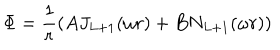
\Phi = \frac { 1 } { r } \left( A J _ { L + 1 } ( \omega r ) + B N _ { L + 1 } ( \omega r ) \right)